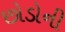
છોડોની